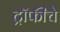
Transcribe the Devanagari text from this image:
ट्रॉफीचे